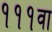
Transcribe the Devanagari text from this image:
१११वा